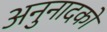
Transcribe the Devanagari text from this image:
अनुनादकों